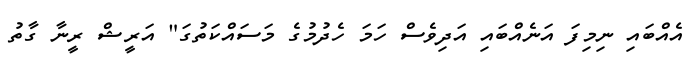
އެއްބައި ނިމިފަ އަނެއްބައި އަދިވެސް ހަމަ ހެދުމުގެ މަސައްކަތުގަ" އަރީޝް ރީނާ ގާތު